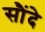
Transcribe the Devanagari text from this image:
सौंदे